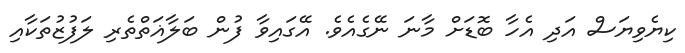
ކިޔެވިޔަސް އަދި އެހާ ބޮޑަށް މާނަ ނޭގެއެވެ. އޭގައިވާ ފުން ބަލާޣަތްތެރި ލަފުޒުތަކާއި